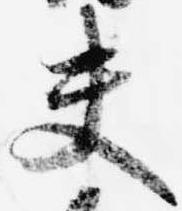
夫